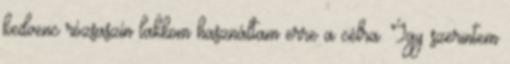
kedvenc rózsaszín lakkom használtam erre a célra. Így szerintem